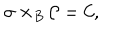
\sigma \times _ { B } { \cal { C } } = { \cal { C } } ,